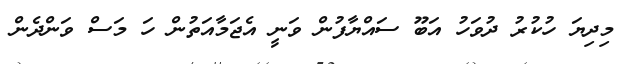
މިދިޔަ ހުކުރު ދުވަހު އަބޫ ސައްޔާފުން ވަނީ އެޖަމާއަތުން ހަ މަސް ވަންދެން